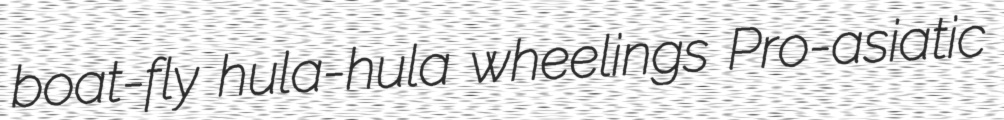
boat-fly hula-hula wheelings Pro-asiatic